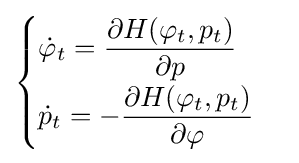
{\begin{cases}\displaystyle {\dot {\varphi }}_{t}={\frac {\partial H(\varphi _{t},p_{t})}{\partial p}}\\[6pt]\displaystyle {\dot {p}}_{t}=-{\frac {\partial H(\varphi _{t},p_{t})}{\partial \varphi }}\end{cases}}